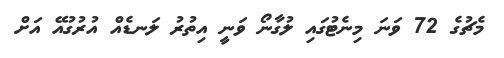
މެޗުގެ 72 ވަނަ މިނެޓުގައި ލުގާނޯ ވަނީ އިތުރު ލަނޑެއް އުރުގުއޭ އަށް